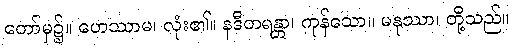
တော်မှ၌။ ဟေဿာမ၊ လုံး၏။ နဒီတရန္တာ၊ ကုန်သော။ မနုဿာ၊ တို့သည်။